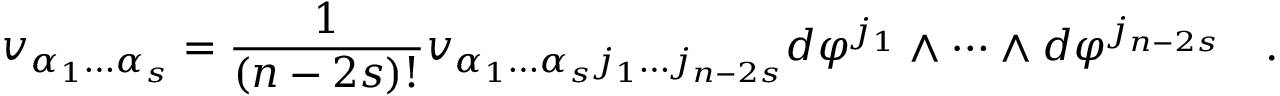
v _ { \alpha _ { 1 } \dots \alpha _ { s } } = { \frac { 1 } { ( n - 2 s ) ! } } v _ { \alpha _ { 1 } \dots \alpha _ { s } j _ { 1 } \dots j _ { n - 2 s } } d \varphi ^ { j _ { 1 } } \wedge \dots \wedge d \varphi ^ { j _ { n - 2 s } } \quad .